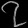
Digit: ၇